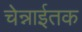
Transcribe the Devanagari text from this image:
चेन्नाईतक